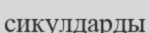
сикулдарды